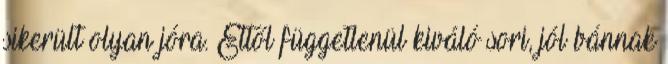
sikerült olyan jóra. Ettől függetlenül kiváló sori, jól bánnak